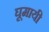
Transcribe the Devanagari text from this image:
घूमायी